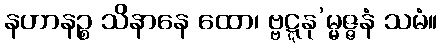
နဟာနဉ္စ သိနာနေ ထော၊ ဗ္ဗဋ္ဋနု’မ္မဇ္ဇနံ သမံ။